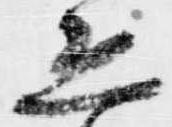
恐